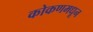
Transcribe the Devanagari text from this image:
कोकणमधून